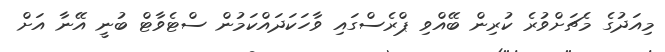
މިއަދުގެ މެޗަށްވުރެ ކުރިން ބޭއްވި ޕްރެސްގައި ވާހަކަދައްކަމުން ސްޓެވާޓް ބުނީ އޭނާ އަށް